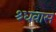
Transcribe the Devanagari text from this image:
श्र्धवास